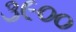
૩૯૦૦